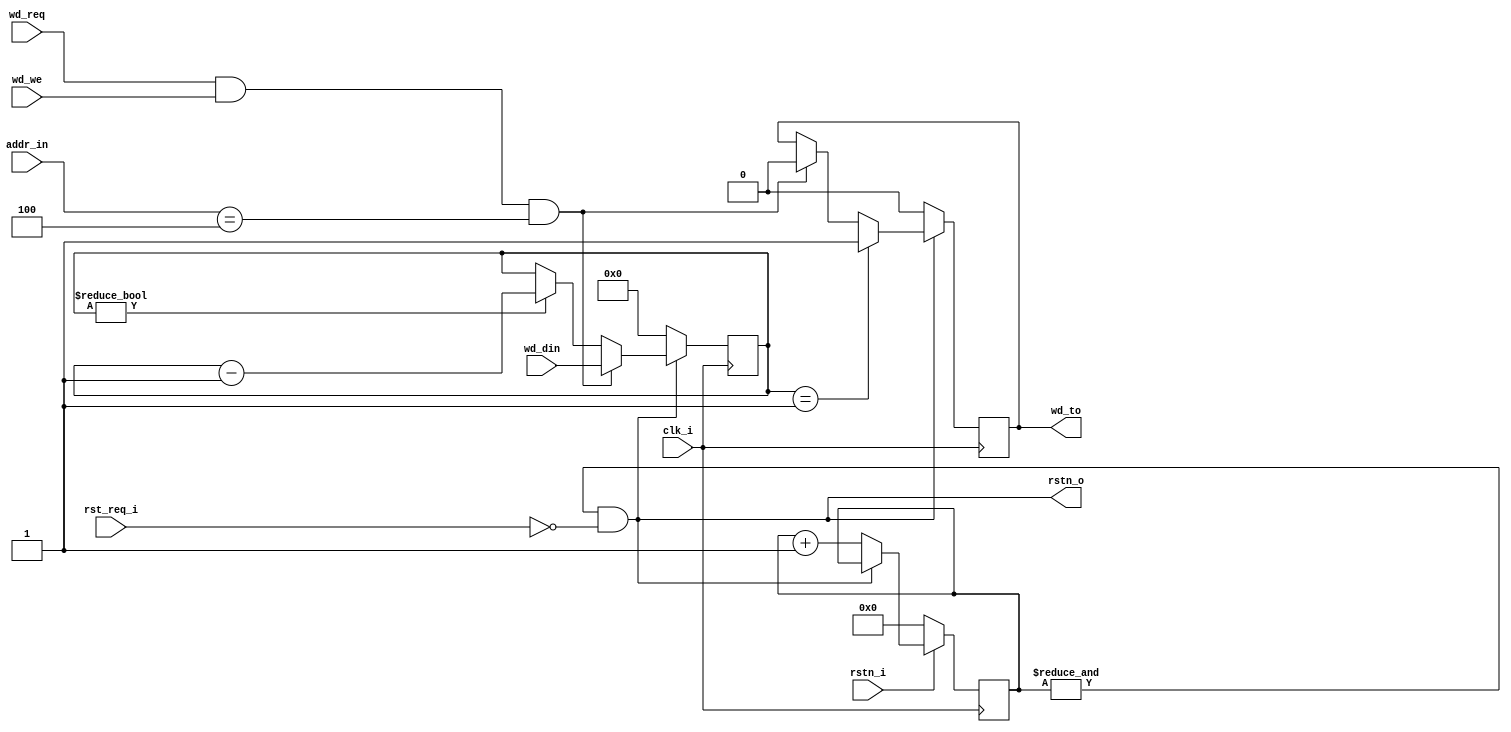
module wdt #(
    parameter NBIT = 32
) (
    input  wire             clk_i,
    input  wire             rstn_i,
    input  wire             rst_req_i,
    output wire             rstn_o,
    input  wire [     3: 0] addr_in,
    input  wire [NBIT-1: 0] wd_din,
    input  wire             wd_req,
    input  wire             wd_we,
    output reg              wd_to
);

wire din_val = wd_req & wd_we & (addr_in == 4'b0100);

reg [7:0] resetn_counter = 0;
wire      resetn         = (& resetn_counter) && (~rst_req_i);

always @(posedge clk_i) begin
    if      (!rstn_i) resetn_counter <= 0;
    else if (!resetn) resetn_counter <= resetn_counter + 1;
end

//wire      resetn         = rstn_i && (~rst_req_i);
assign rstn_o = resetn;

reg [NBIT-1: 0] cnt;
always @ (posedge clk_i) begin
    if (!resetn)        cnt <= {NBIT{1'b0}};
    else if (din_val)   cnt <= wd_din;
    else if (cnt != 0)  cnt <= cnt - 1'b1;
end

always @ (posedge clk_i) begin
    if (!resetn)        wd_to <= 1'b0;
    else if (cnt == 1)  wd_to <= 1'b1;
    else if (din_val)   wd_to <= 1'b0;
end
endmodule